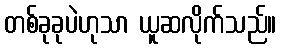
တစ်ခုခုပဲဟုသာ ယူဆလိုက်သည်။